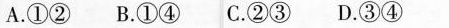
A.①②B.①④C.②③D.③④